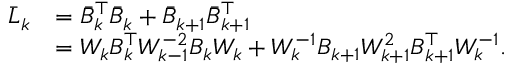
\begin{array} { r l } { \bar { L } _ { k } } & { = \bar { B } _ { k } ^ { \top } \bar { B } _ { k } + \bar { B } _ { k + 1 } \bar { B } _ { k + 1 } ^ { \top } } \\ & { = W _ { k } B _ { k } ^ { \top } W _ { k - 1 } ^ { - 2 } B _ { k } W _ { k } + W _ { k } ^ { - 1 } B _ { k + 1 } W _ { k + 1 } ^ { 2 } B _ { k + 1 } ^ { \top } W _ { k } ^ { - 1 } . } \end{array}